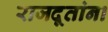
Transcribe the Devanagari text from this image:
राजदूतांना